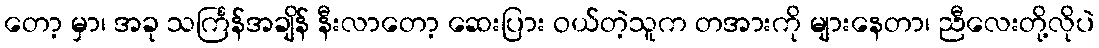
တော့ မှာ၊ အခု သင်္ကြန်အချိန် နီးလာတော့ ဆေးပြား ဝယ်တဲ့သူက တအားကို များနေတာ၊ ညီလေးတို့လိုပဲ